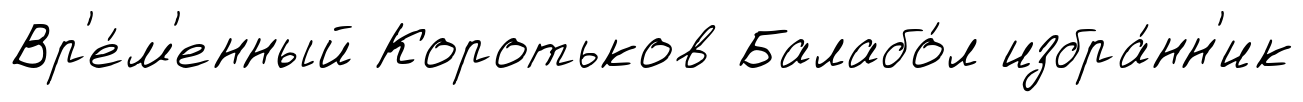
Вр'е́м'енный Коротьков Балабо́л избра́нн'ик